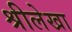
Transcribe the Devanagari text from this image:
श्रीलेखा